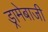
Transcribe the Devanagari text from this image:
ड्रामेबाजी